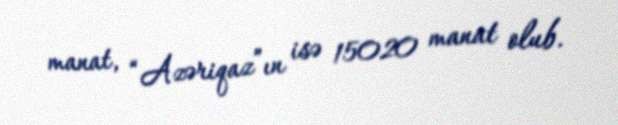
manat, “Azəriqaz”ın isə 15020 manat olub.